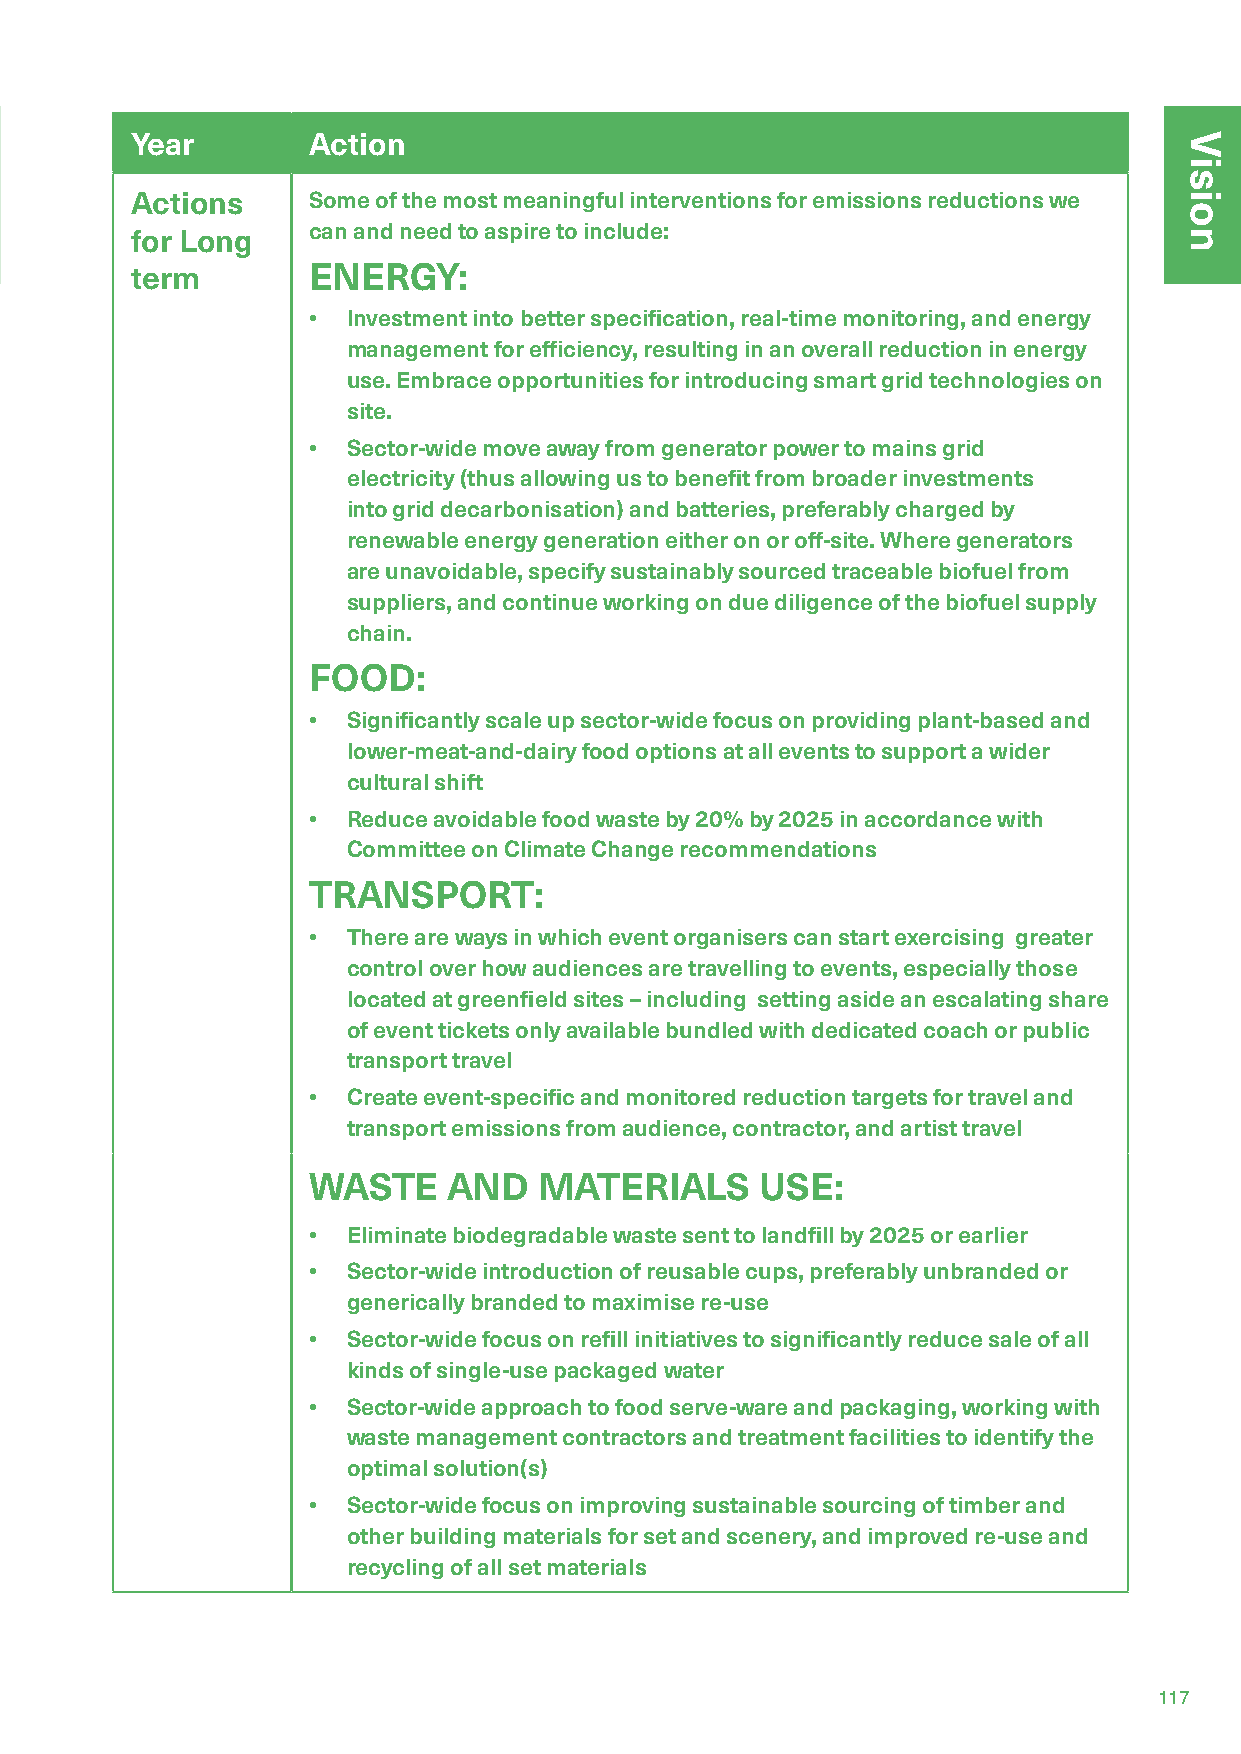
Year       Action
 Actions    Some of the most meaningful interventions for emissions reductions we
 can and need to aspire to include:
 for Long
 term       ENERGY:
 •  Investment into better specification, real-time monitoring, and energy
 management for efficiency, resulting in an overall reduction in energy
 use. Embrace opportunities for introducing smart grid technologies on
 site.
 •  Sector-wide move away from generator power to mains grid
 electricity (thus allowing us to benefit from broader investments
 into grid decarbonisation) and batteries, preferably charged by
 renewable energy generation either on or off-site. Where generators
 are unavoidable, specify sustainably sourced traceable biofuel from
 suppliers, and continue working on due diligence of the biofuel supply
 chain.
 FOOD:
 •  Significantly scale up sector-wide focus on providing plant-based and
 lower-meat-and-dairy food options at all events to support a wider
 cultural shift
 •  Reduce avoidable food waste by 20% by 2025 in accordance with
 Committee on Climate Change recommendations
 TRANSPORT:
 •  There are ways in which event organisers can start exercising greater
 control over how audiences are travelling to events, especially those
 located at greenfield sites – including setting aside an escalating share
 of event tickets only available bundled with dedicated coach or public
 transport travel
 •  Create event-specific and monitored reduction targets for travel and
 transport emissions from audience, contractor, and artist travel
 WASTE     AND   MATERIALS     USE:
 •  Eliminate biodegradable waste sent to landfill by 2025 or earlier
 •  Sector-wide introduction of reusable cups, preferably unbranded or
 generically branded to maximise re-use
 •  Sector-wide focus on refill initiatives to significantly reduce sale of all
 kinds of single-use packaged water
 •  Sector-wide approach to food serve-ware and packaging, working with
 waste management contractors and treatment facilities to identify the
 optimal solution(s)
 •  Sector-wide focus on improving sustainable sourcing of timber and
 other building materials for set and scenery, and improved re-use and
 recycling of all set materials
 117
 Vision                                                                        Vision